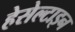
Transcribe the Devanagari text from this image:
हेसेल्टाइन